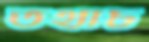
তথাচ